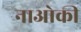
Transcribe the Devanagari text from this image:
नाओकी